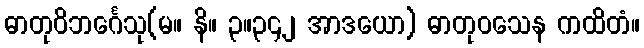
ဓာတုဝိဘင်္ဂေသု(မ။ နိ။ ၃။၃၄၂ အာဒယော) ဓာတုဝသေန ကထိတံ။